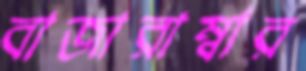
বাজারাম্বার